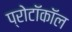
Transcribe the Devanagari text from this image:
प्रोटॉकॉल